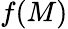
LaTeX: f(M)